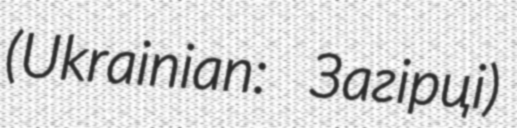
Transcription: (Ukrainian: Загірці)